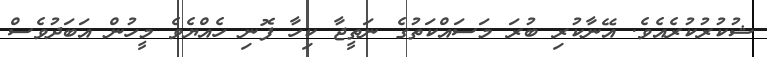
ޝުކުރުކުރެއެވެ. އޭނާކުރި ބުރަ މަސައްކަތުގެ ނަތީޖާ ކިހާ ފޮނި ހެއްޔެވެ މީހުން އަބަދުވެސް